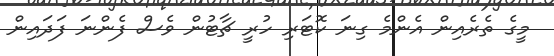
މީގެ ތެރެއިން އެންމެ ގިނަ ކޮޓަރި ހުރީ ޗާޓުން ވެސް ފެންނަ ފަދައިން